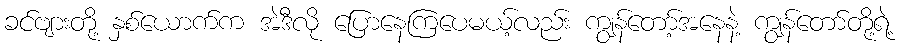
ခင်ဗျားတို့ နှစ်ယောက်က အဲဒီလို ပြောနေကြပေမယ့်လည်း ကျွန်တော့်အနေနဲ့ ကျွန်တော်တို့ရဲ့